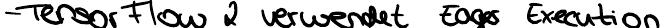
- TensorFlow 2 verwendet Eager Execution